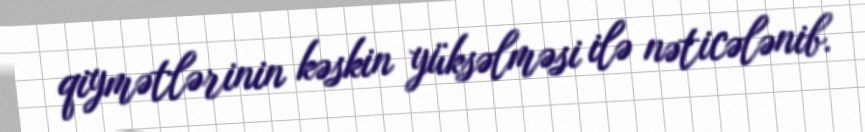
qiymətlərinin kəskin yüksəlməsi ilə nəticələnib.